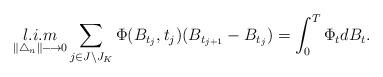
LaTeX: \begin{align*}\displaystyle \mathop{l.i.m}\limits_{\|\bigtriangleup_{n}\| \longrightarrow 0 } \sum_{ \substack{j\in J\setminus J_{K}} } \Phi(B_{t_{j}},t_{j}) (B_{t_{j+1}}-B_{t_{j}})= \int_0^T \Phi_{t} d B_{t}.\end{align*}